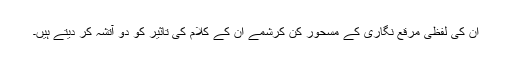
ان کی لفظی مرقع نگاری کے مسحور کن کرشمے ان کے کلام کی تاثیر کو دو آتشہ کر دیتے ہیں۔